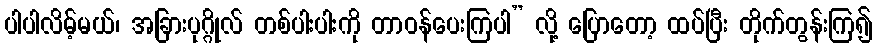
ပါပါလိမ့်မယ်၊ အခြားပုဂ္ဂိုလ် တစ်ပါးပါးကို တာဝန်ပေးကြပါ” လို့ ပြောတော့ ထပ်ပြီး တိုက်တွန်းကြ၍